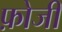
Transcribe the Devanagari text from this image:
फ़ोजी